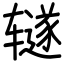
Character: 𫟦